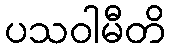
ပသဝါမီတိ